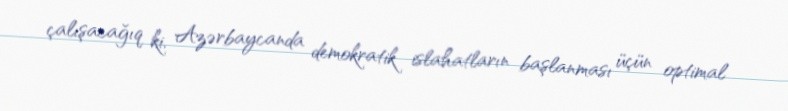
çalışacağıq ki, Azərbaycanda demokratik islahatların başlanması üçün optimal